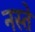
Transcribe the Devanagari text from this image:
नस्ते